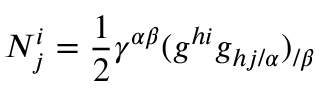
N _ { j } ^ { i } = { \frac { 1 } { 2 } } \gamma ^ { \alpha \beta } ( g ^ { h i } g _ { h j / \alpha } ) _ { / \beta }